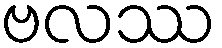
ဗလဿ